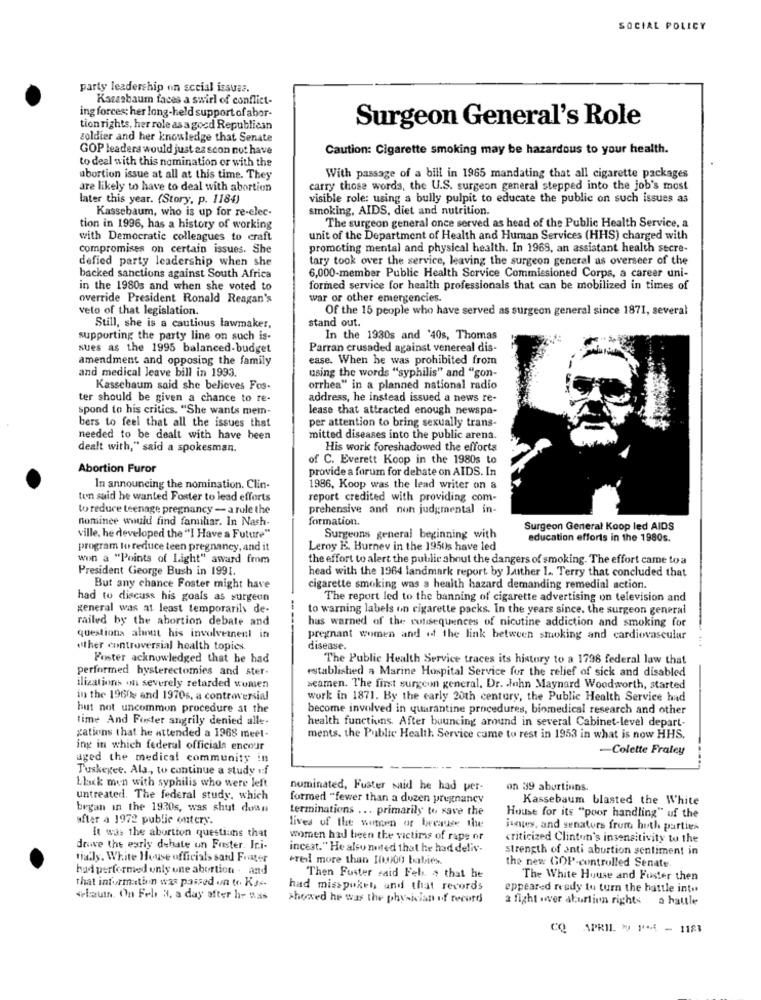
SOCIAL POLICY
party leadership on social issues.
Kazasbaum faces a swirl of conflict-
ing forces: her long-held support of abor-
Surgeon General's Role
tion rights, her role as agood Republican
zoldier and her knowledge that Senate
GOP leaders would just as scon not have
Caution: Cigarette smoking may be hazardous to your health.
to deal with this nomination or with the
abortion issue at all at this time. They
With passage of a bill in 1965 mandating that all cigarette packages
are likely to have to deal with abortion
carry those words, the U.S. surgeon general stepped into the job's most
later this year. (Story, p. 1184)
visible role: using a bully pulpit to educate the public on such issues as
Kassebaum, who is up for re-elec-
smoking, AIDS, diet and nutrition.
tion in 1996, has a history of working
The surgeon general once served as head of the Public Health Service, a
with Democratic colleagues to craft
unit of the Department of Health and Human Services (HHS) charged with
compromises on certain issues. She
promoting mental and physical health. In 1969, an assistant health secre-
defied party leadership when she
tary took over the service, leaving the surgeon general as overseer of the
backed sanctions against South Africa
6,000-member Public Health Service Commissioned Corps, a career uni-
in the 1980s and when she voted to
formed service for health professionals that can be mobilized in times of
override President Ronald Reagan's
war or other emergencies.
velo of that legislation.
Of the 15 people who have served as surgeon general since 1871, several
stand out.
Still, she is a cautious lawmaker,
supporting the party line on such is-
In the 1930s and '40s, Thomas
sues as the 1995 balanced-budget
Parran crusaded against venereal dis-
amendment and opposing the family
ease. When he was prohibited from
and medical leave bill in 1993.
using the words "syphilis" and "gon-
Kassebaum said she believes Fos-
orrhea" in a planned national radio
ter should be given a chance to re-
address, he instead issued a news re-
spond to his critics. "She wants mem-
lease that attracted enough newspa-
bers to feel that all the issues that
per attention to bring sexually trans-
needed to be dealt with have been
mitted diseases into the public arena.
dealt with," said a spokesman.
His work foreshadowed the efforts
of C. Everett Koop in the 1980s to
Abortion Furor
provide a forum for debate on AIDS. In
In announcing the nomination. Clin-
1986, Koop was the lead writer on a
ten said he wanted Foster to lead efforts
report credited with providing com-
to reduce teenage pregnancy - a rule the
prehensive and non judgmental in-
nominee would find familiar. In Nach-
formation.
Surgeon General Koop led AIDS
ville, he developed the "I Have a Future"
Surgeons general beginning with
education efforts in the 1980s.
program to reduce teen pregnancy, and it
Leroy E. Hurnev in the 1950s have led
won a "Points of Light" award from
the effort to alert the public about the dangers of smoking. The effort came to a
President George Bush in 1991.
head with the 1964 landmark report. by Luther I .. Terry that concluded that
But any chance Foster might have
cigarette smoking was a health hazard demanding remedial action.
had to discuss his goals as surgeon
The report led to the banning of cigarette advertising on television and
general was at least temporarily de-
to warning labels on cigarette packs. In the years since. the surgeon general
railed by the abortion debate and
has warned of the consequences of nicutine addiction and smoking for
questions about his involvement in
pregnant women and of the link between smoking and cardiovascular
other controversial health topics
disease.
Foster acknowledged that he had
The Public Health Service traces its history to a 1798 federal law that
performed hysterectomies and ster-
established a Marine Hospital Service for the relief of sick and disabled
ilizations .mi severely retarded women
seamen. The first surgeon general. Dr. John Maynard Woodworth, started
in the 1960 and 1970s, a controversial
work in 1871. By the carly 20th century, the Public Health Service had
but not uncommon procedure at the
become involved in quarantine procedures, biomedical research and other
time And Fuster angrily denied alle-
health functions. After bouncing around in several Cabinet-level depart-
gations that he attended a 1968 meet-
ments. the Public Health Service came to rest in 1953 in what is now HHS.
ing in which federal officials encour
-Colette Fraley
aged the medical community in
Tuskegee. Ala ., to continue a study of
Llack men with syphilis who were left
nominated, Fuster said he had per-
on 39 aburtinns.
untreated. The federal study, which
formed "fewer than a duzen pregnancy
Kassebaum blasted the White
began in the 1930s, was shut down
terminations ... primarily to save the
after a 1972 public ontery.
House for its "poor handling" uf the
it was the abortion questions that
lives of the women of because the
james, and senators from huth parties
women had been the victims of rape of
criticized Clinton's insensitivity to the
drove the early dehate un Faster. Iri-
incest." He also noted that he had deliv-
strength of anti abortion sentiment in
tially. White House officials said Frater
creil more than 10,000 babies.
had performed only one abortion . and
the new GOP-controlled Senate.
that information was passed on (. Kas-
Then Fuster said Feb. $ that he
The White House and Fuster then
had misspoken, and that records
eppeared ready to turn the huttle into
*laut. On Fel 3, a day after hir "as
showed he was the physician of record
a fight wwer abortion rights a battle
CQ APRIL Ny 1944 - 1181